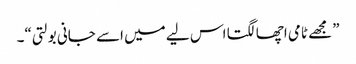
”مجھے ٹامی اچھا لگتا اس لیے میں اسے جانی بولتی“۔